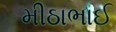
મીઠાભાઈ